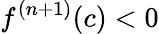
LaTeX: f^{(n+1)}(c)<0